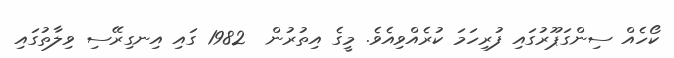
ކޯހެއް ސިންގަޕޫރުގައި ފުރިހަމަ ކުރެއްވިއެވެ. މީގެ އިތުރުން  1982 ގައި އިނގިރޭސި ވިލާތުގައި